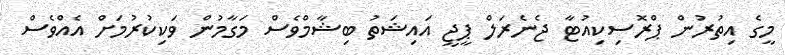
މީގެ އިތުރުން ޕްރޮސިކިއުޓާ ޖެނެރަލް ޕީޖީ އައިޝަތު ބިޝާމްވެސް މަގާމުން ވަކިކުރުމަށް އެއްވެސް